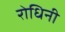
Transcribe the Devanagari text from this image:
रोधिनी